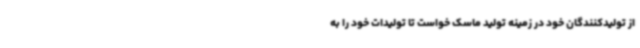
از تولیدکنندگان خود در زمینه تولید ماسک خواست تا تولیدات خود را به